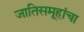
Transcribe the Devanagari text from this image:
जातिसमूहांचा